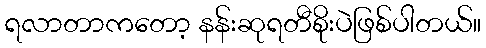
ရလာတာကတော့ နန်းဆုရတီစိုးပဲဖြစ်ပါတယ်။